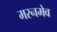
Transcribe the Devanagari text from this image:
मरनमेव